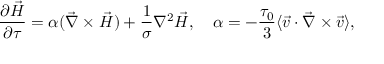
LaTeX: \frac { \partial \vec { H } } { \partial \tau } = \alpha ( \vec { \nabla } \times \vec { H } ) + \frac { 1 } { \sigma } \nabla ^ { 2 } \vec { H } , ~ ~ ~ \alpha = - \frac { \tau _ { 0 } } { 3 } \langle \vec { v } \cdot \vec { \nabla } \times \vec { v } \rangle ,